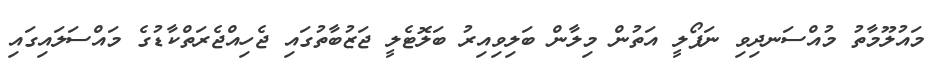
މައުލޫމާތު މުއްސަނދިވި ނަޕޯލީ އަތުން މިލާން ބަލިވިއިރު ބަލޮޓެލީ ޖަޒުބާތުގައި ޖެހިއްޖެރަތްކާޑުގެ މައްސަލައިގައި